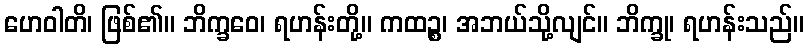
ဟေဝါတိ၊ ဖြစ်၏။ ဘိက္ခဝေ၊ ရဟန်းတို့။ ကထဉ္စ၊ အဘယ်သို့လျင်။ ဘိက္ခု၊ ရဟန်းသည်။